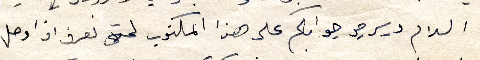
السلام ويرجو جوابكم على هذا المكتوب لحتى نعرف اذا وصل